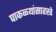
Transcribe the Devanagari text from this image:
पाकळ्यांसारखे